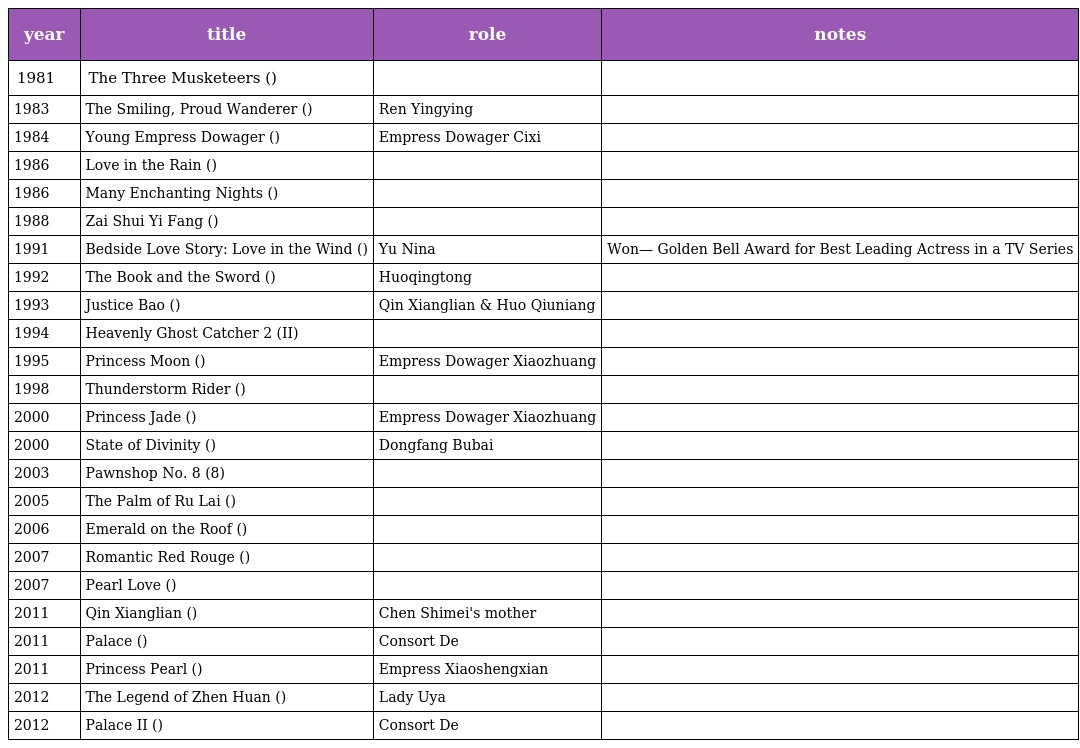
| year | title | role | notes |
 | --- | --- | --- | --- |
 | 1981 | The Three Musketeers (妙手神偷) |  |  |
 | 1983 | The Smiling, Proud Wanderer (笑傲江湖) | Ren Yingying |  |
 | 1984 | Young Empress Dowager (少女慈禧) | Empress Dowager Cixi |  |
 | 1986 | Love in the Rain (煙雨濛濛) |  |  |
 | 1986 | Many Enchanting Nights (幾度夕陽紅) |  |  |
 | 1988 | Zai Shui Yi Fang (在水一方) |  |  |
 | 1991 | Bedside Love Story: Love in the Wind (床邊愛情故事：風裡的愛) | Yu Nina | Won— Golden Bell Award for Best Leading Actress in a TV Series |
 | 1992 | The Book and the Sword (書劍恩仇錄) | Huoqingtong |  |
 | 1993 | Justice Bao (包青天) | Qin Xianglian & Huo Qiuniang |  |
 | 1994 | Heavenly Ghost Catcher 2 (天師鍾馗II) |  |  |
 | 1995 | Princess Moon (新月格格) | Empress Dowager Xiaozhuang |  |
 | 1998 | Thunderstorm Rider (霹靂菩薩) |  |  |
 | 2000 | Princess Jade (懷玉公主) | Empress Dowager Xiaozhuang |  |
 | 2000 | State of Divinity (笑傲江湖) | Dongfang Bubai |  |
 | 2003 | Pawnshop No. 8 (第8號當舖) |  |  |
 | 2005 | The Palm of Ru Lai (新如来神掌) |  |  |
 | 2006 | Emerald on the Roof (屋頂上的綠寶石) |  |  |
 | 2007 | Romantic Red Rouge (胭脂雪) |  |  |
 | 2007 | Pearl Love (還君明珠) |  |  |
 | 2011 | Qin Xianglian (秦香莲) | Chen Shimei's mother |  |
 | 2011 | Palace (宮鎖心玉) | Consort De |  |
 | 2011 | Princess Pearl (新環珠格格) | Empress Xiaoshengxian |  |
 | 2012 | The Legend of Zhen Huan (後宮甄嬛傳) | Lady Uya |  |
 | 2012 | Palace II (宮鎖珠簾) | Consort De |  |